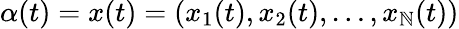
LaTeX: \alpha(t)=x(t)=(x_{1}(t),x_{2}(t),\ldots,x_{\mathbb{N}}(t))